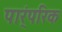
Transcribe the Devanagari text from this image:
पार्ंपरिक